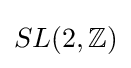
SL(2,\mathbb {Z} )